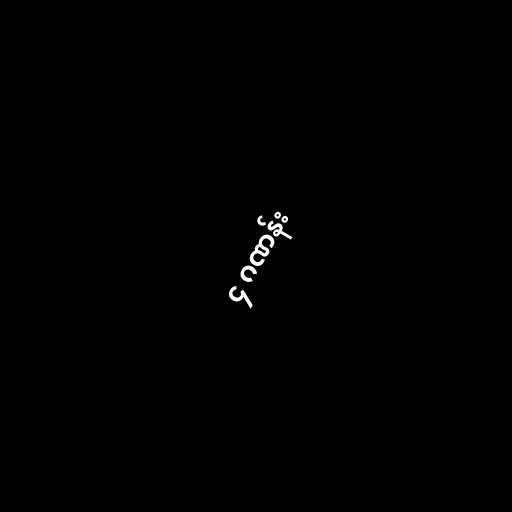
၄ ဂဏန်း